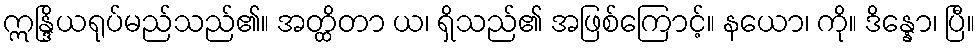
ဣန္ဒြိယရုပ်မည်သည်၏။ အတ္ထိတာ ယ၊ ရှိသည်၏ အဖြစ်ကြောင့်။ နယော၊ ကို။ ဒိန္နော၊ ပြီ။